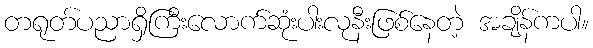
တရုတ်ပညာရှိကြီးလောက်ဆုံးပါးလုနီးဖြစ်နေတဲ့ အချိန်ကပါ။